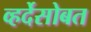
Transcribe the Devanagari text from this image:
व्हर्देसोबत